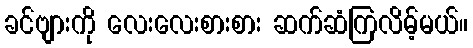
ခင်ဗျားကို လေးလေးစားစား ဆက်ဆံကြလိမ့်မယ်။